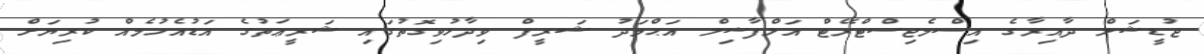
ޖުޑީޝަލް ދާއިރާގެ އިސްމެޖިސްޓްރޭޓް އަލްފާޟިލް އަޙްމަދު ޝަރީފް ވިދާޅުވިގޮތުގައި ޝަރީޢަތުގެ އަޑުއެހުމެއް ކުރިޔަށް